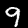
Label: 9